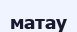
матау